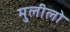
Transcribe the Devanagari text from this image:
मुलीलो